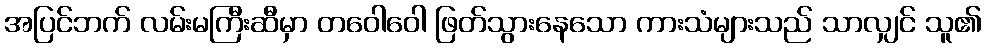
အပြင်ဘက် လမ်းမကြီးဆီမှာ တဝေါဝေါ ဖြတ်သွားနေသော ကားသံများသည် သာလျှင် သူ၏